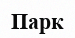
Парк